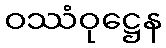
ဝဿံဝုဋ္ဌေန